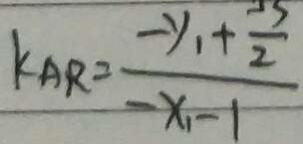
k _ { A R } = \frac { - y _ { 1 } + \frac { 3 } { 2 } } { - x _ { 1 } - 1 }